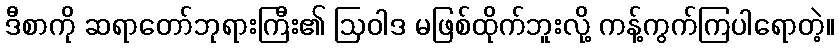
ဒီစာကို ဆရာတော်ဘုရားကြီး၏ ဩဝါဒ မဖြစ်ထိုက်ဘူးလို့ ကန့်ကွက်ကြပါရောတဲ့။